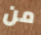
من